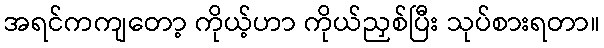
အရင်ကကျတော့ ကိုယ့်ဟာ ကိုယ်ညှစ်ပြီး သုပ်စားရတာ။